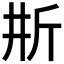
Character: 𣂗